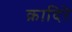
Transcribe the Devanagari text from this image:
क़ादिरे